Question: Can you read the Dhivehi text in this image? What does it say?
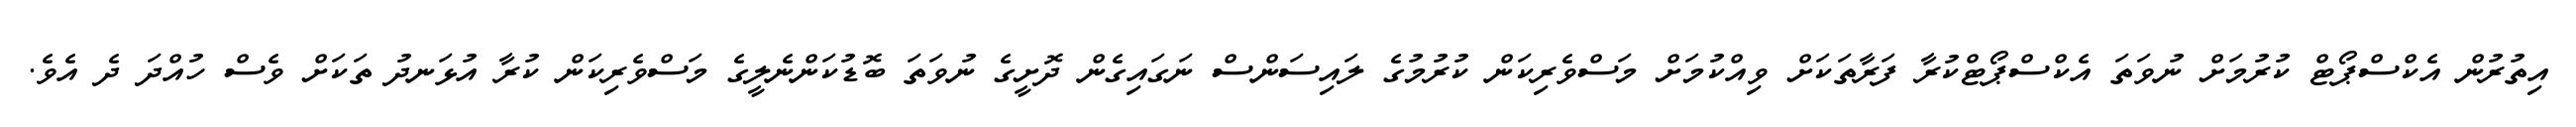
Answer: އިތުރުން އެކްސްޕޯޓް ކުރުމަށް ނުވަތަ އެކްސްޕޯޓްކުރާ ފަރާތަކަށް ވިއްކުމަށް މަސްވެރިކަން ކުރުމުގެ ލައިސަންސް ނަގައިގެން ދޮށީގެ ނުވަތަ ބޮޑުކަންނެލީގެ މަސްވެރިކަން ކުރާ އުޅަނދު ތަކަށް ވެސް ހުއްދަ ދެ އެވެ.